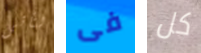
لتأتى فى كل